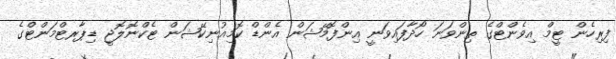
ފިރިހެން ޓީމް އިވެންޓްގެ ތިންވަނަ ހޯދާފައިވަނީ އިންފޮމޭޝަން އެންޑް ކޮމިއުނިކޭޝަން ޓެކްނޮލޮޖީ ޑިޕާރޓްމަންޓްގެ